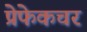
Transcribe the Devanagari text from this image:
प्रेफेकचर